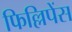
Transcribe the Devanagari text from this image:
फिल्लिपेंस